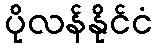
ပိုလန်နိုင်ငံ